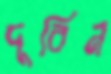
দূর্বিন